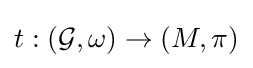
t:({\mathcal {G}},\omega )\to (M,\pi )